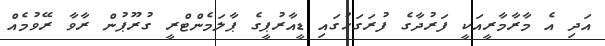
އަދި އެ މާރާމާރީއަކީ ފަރުދާގެ ފުރަގަހުގައި ޑީއާރުޕީގެ ޕާލަމެންޓްރީ ގުރޫޕުން ރާވާ ރޭވުމެއް